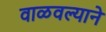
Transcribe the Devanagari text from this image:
वाळवल्याने